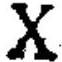
\(X\)